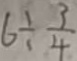
6 \div \frac { 3 } { 4 }